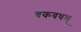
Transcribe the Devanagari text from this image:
बकवधम्